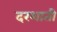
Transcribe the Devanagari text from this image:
दरशाती